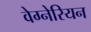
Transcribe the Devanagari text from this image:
वेग्नेरियन